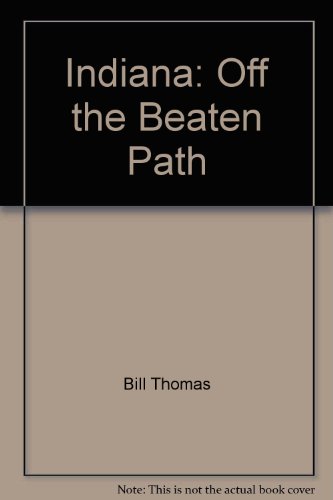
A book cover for Indiana: Off the beaten path (Off the Beaten Path Indiana); Bill Thomas; Travel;